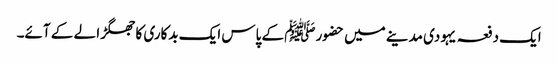
ایک دفعہ یہودی مدینے میں حضورﷺ کے پاس ایک بدکاری کا جھگڑا لے کے آئے۔